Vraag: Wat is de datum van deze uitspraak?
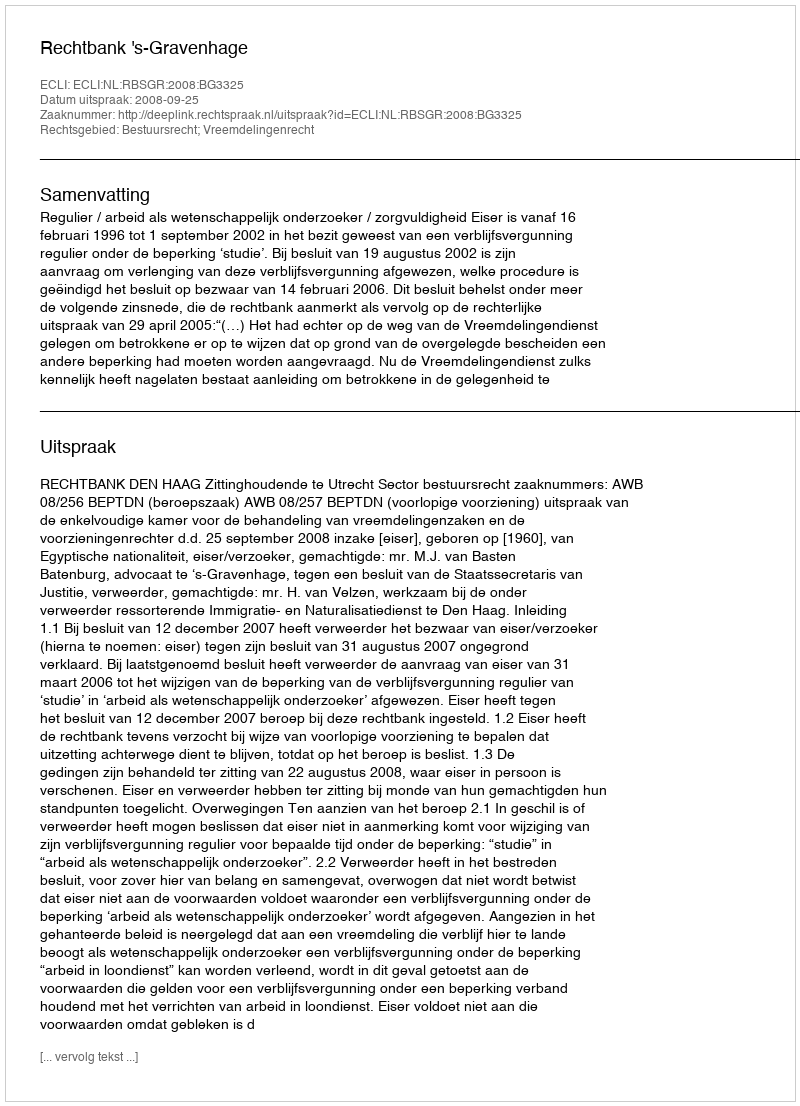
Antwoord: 2008-09-25